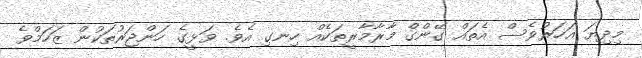
މިދިޔަ އަހަރުވެސް އެތައް ގޭންގް މާރާމާރީތަކެއް ހިނގި އެވެ. ވަޅީގެ ހަންޖަރުތަކުން ޒަހަމްވެ